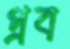
প্রব